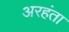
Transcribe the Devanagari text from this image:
अरहंता